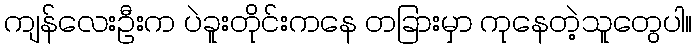
ကျန်လေးဦးက ပဲခူးတိုင်းကနေ တခြားမှာ ကုနေတဲ့သူတွေပါ။